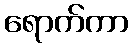
ရောက်ကာ